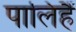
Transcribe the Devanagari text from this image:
पालिहैं